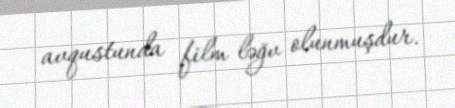
avqustunda film ləğv olunmuşdur.